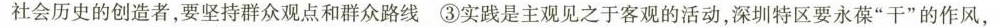
社会历史的创造者，要坚持群众观点和群众路线 ③实践是主观见之于客观的活动，深圳特区要永葆”干”的作风，